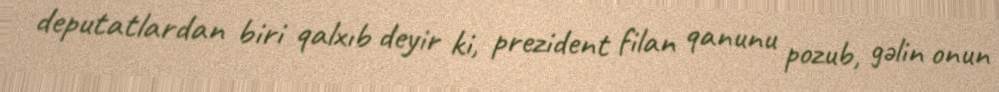
deputatlardan biri qalxıb deyir ki, prezident filan qanunu pozub, gəlin onun